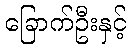
ခြောက်ဦးနှင့်